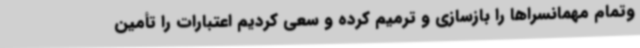
وتمام مهمانسراها را بازسازی و ترمیم کرده و سعی کردیم اعتبارات را تأمین